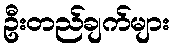
ဦးတည်ချက်များ